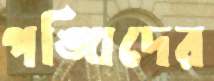
পঙ্খিদের